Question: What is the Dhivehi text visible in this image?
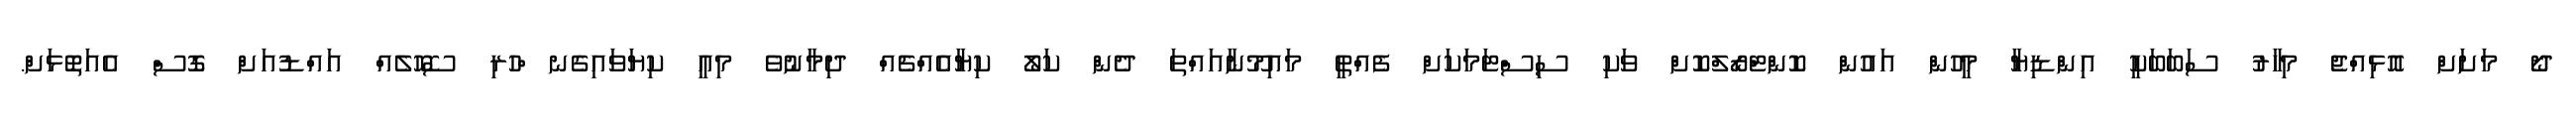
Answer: ދޯ މަށަށް އޮޅިއްޖެ މިހާރު ސަބަބަކީ އިންޑިޔާ މީހުން އައުން ކޮންޓްރޯލްކޮށް ވަކި ސިސްޓަމަކަށް ފެއްތީ މައިމޫނާއައްތަ ދެން ކަލޯ ކިޔާއެއްޗެއް ދިމާނުވެ މިއީ ކިޔަވައިގެނ ްހުރި ސޮހޮލެއް އައްޑުއަށް ގޮސް އެއަތޮޅަށް.